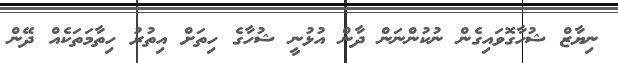
ނިޔާޒް ޝުހާގޮވައިގެން ނުކުންނަން ދާން އުޅުނީ ޝުހާގެ ހިތަށް އިތުރު ހިތާމަތަކެއް ދޭން